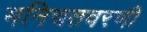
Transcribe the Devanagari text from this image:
मनिचतवरणी